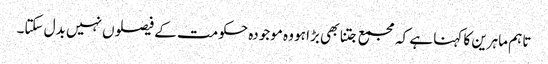
تاہم ماہرین کا کہنا ہے کہ مجمع جتنا بھی بڑا ہو وہ موجودہ حکومت کے فیصلوں نہیں بدل سکتا۔